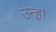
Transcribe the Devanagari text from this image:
उन्हां